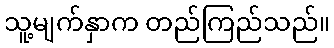
သူ့မျက်နှာက တည်ကြည်သည်။